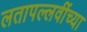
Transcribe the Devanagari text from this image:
लतापल्लवींच्या